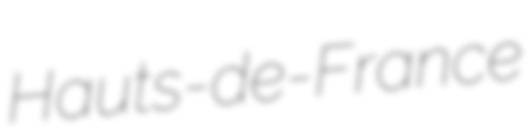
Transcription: Hauts-de-France